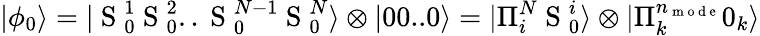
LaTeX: |\phi_{0}\rangle=|\mathrm{~S~}_{0}^{1}\mathrm{~S~}_{0}^{2}..\mathrm{~S~}_{0}^{N-1}\mathrm{~S~}_{0}^{N}\rangle\otimes|00..0\rangle=|\Pi_{i}^{N}\mathrm{~S~}_{0}^{i}\rangle\otimes|\Pi_{k}^{n_{\mathrm{~m~o~d~e~}}}0_{k}\rangle